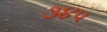
૩૪૫